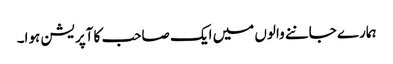
ہمارے جاننے والوں میں ایک صاحب کا آپریشن ہوا۔